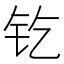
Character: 𨰿